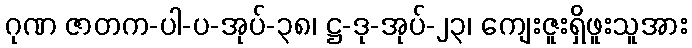
ဂုဏ ဇာတက-ပါ-ပ-အုပ်-၃၈၊ ဋ္ဌ-ဒု-အုပ်-၂၃၊ ကျေးဇူးရှိဖူးသူအား